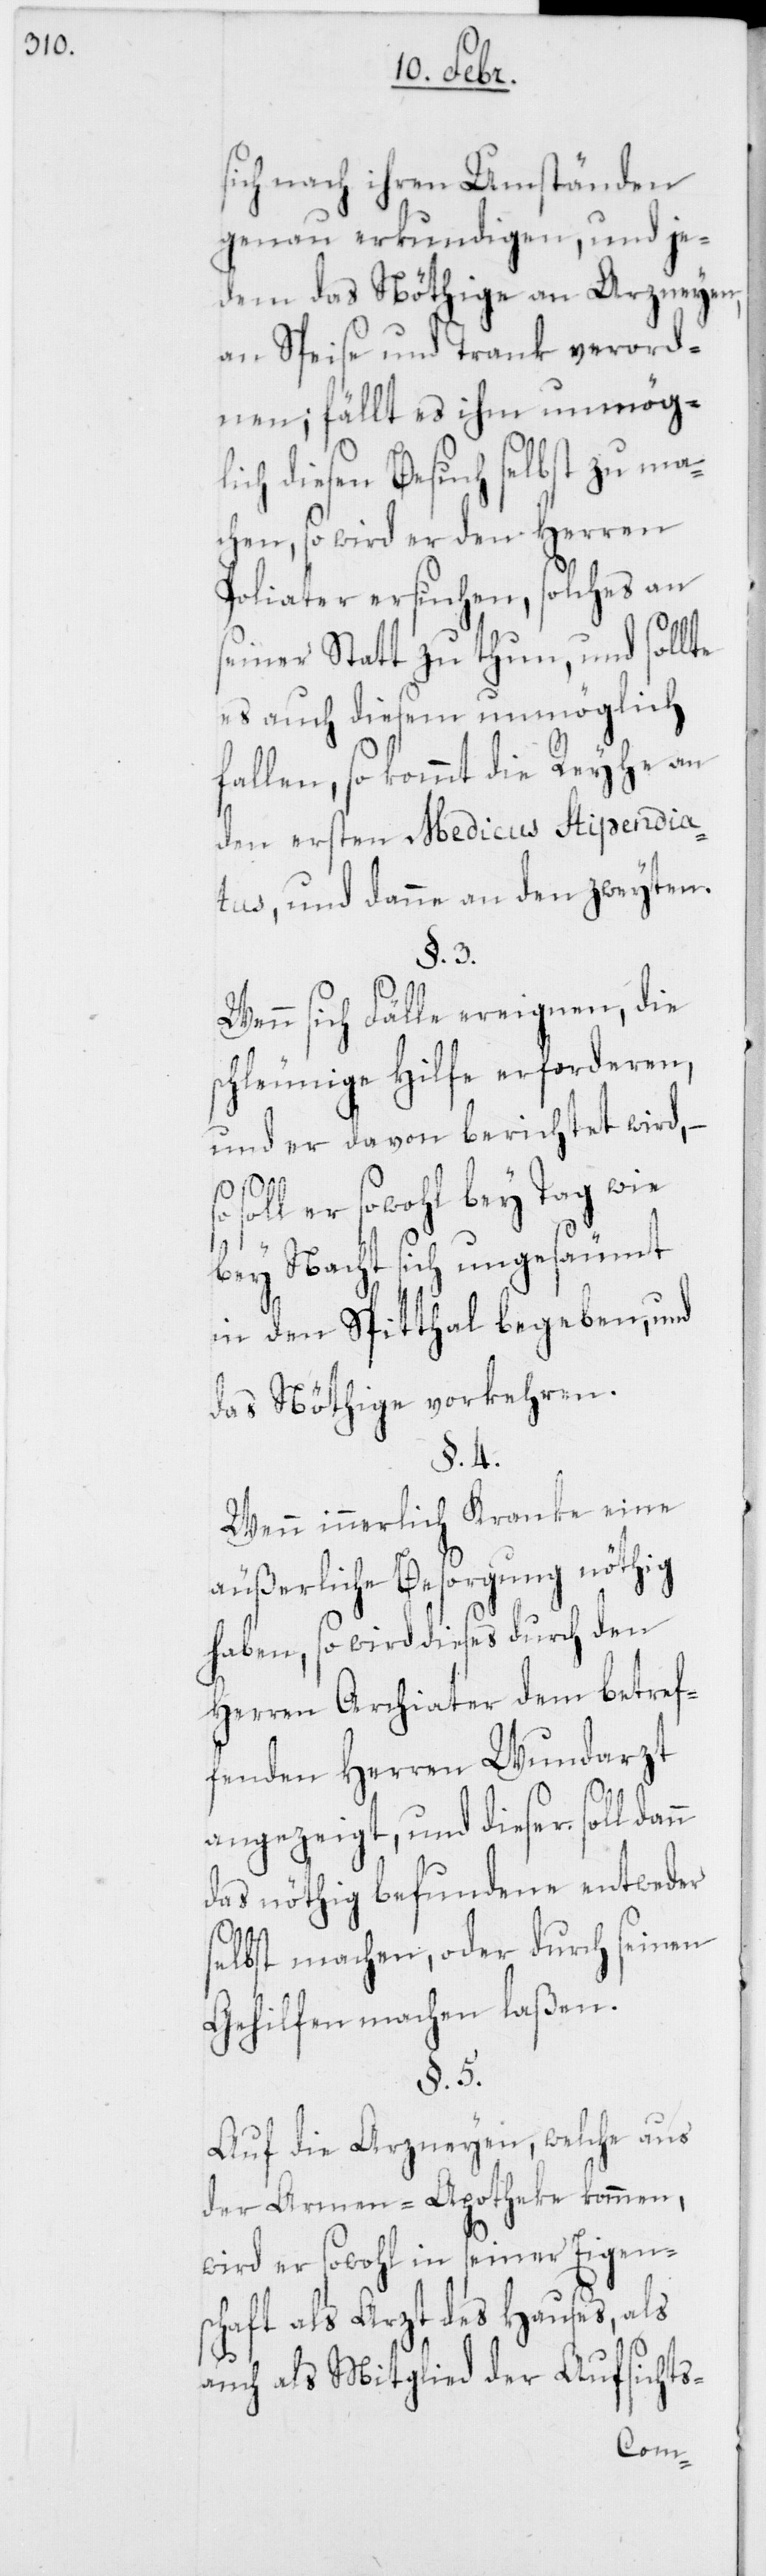
sich nach ihren Umständen
genau erkundigen, und je¬
dem das Nöthige an Arzneyen,
an Speise und Trank verord¬
nen; fällt es ihm unmög¬
lich diesen Besuch selbst zu ma¬
chen, so wird er den Herren
Poliater ersuchen, solches an
seiner Statt zu thun, und sollte
es auch diesem unmöglich
fallen, so kommt die Reyhe an
den ersten Medicus Stipendia¬
tus, und danne an den zweyten.
§. 3.
Wenn sich Fälle ereignen, die
schleunige Hilfe erforderen,
und er davon berichtet wird, –
soll er sowohl bey Tag wie
bey Nacht sich ungesäumt
in den Spitthal begeben, und
das Nöthige vorkehren.
§. 4.
Wenn innerlich Kranke eine
äußerliche Besorgung nöthig
haben, so wird dieses durch den
Herren Archiater dem betref¬
fenden Herren Wundarzt
angezeigt, und dieser soll dan¬
das nöthig befundene entweder
selbst machen, oder durch seinen
Gehilfen machen laßen.
§. 5.
Auf die Arzneyen, welche aus
der Armen-Apotheke kommen,
wird er sowohl in seiner Eigen¬
schaft als Arzt des Hauses, als
auch als Mitglied der Aufsichts-
n